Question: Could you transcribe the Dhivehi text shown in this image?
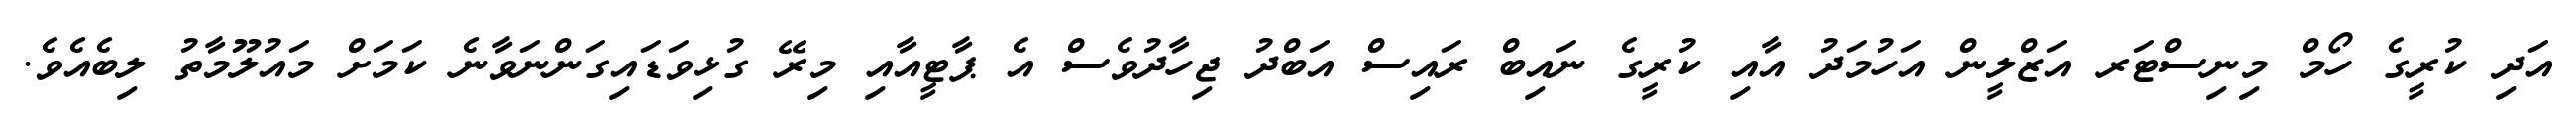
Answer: އަދި ކުރީގެ ހޯމް މިނިސްޓަރ އަޒްލީން އަހުމަދު އާއި ކުރީގެ ނައިބް ރައިސް އަބްދު ޖިހާދުވެސް އެ ޕާޓީއާއި މިރޭ ގުޅިވަޑައިގަންނަވާނެ ކަމަށް މައުލޫމާތު ލިބެއެވެ.